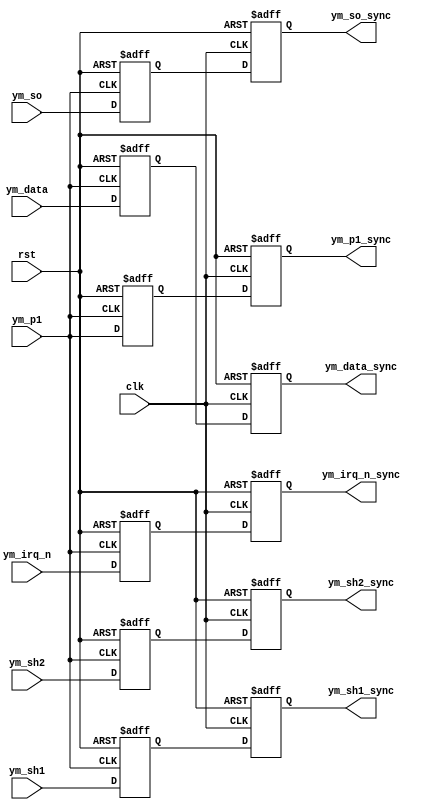
module ym_sync(
  input rst,  
  input clk,
  // YM2151 pins
	input ym_p1,
  input ym_so,
  input ym_sh1,
  input ym_sh2,
	input ym_irq_n,
	input [7:0] ym_data,
	//
	output reg ym_p1_sync,
	output reg ym_so_sync,
	output reg ym_sh1_sync,
	output reg ym_sh2_sync,
	output reg ym_irq_n_sync,
	output reg [7:0] ym_data_sync
);

reg p1_0, so_0, sh1_0, sh2_0, irq_0;
reg [7:0] data0;

always @(posedge ym_p1 or posedge rst ) begin : first_sync
	if( rst ) begin
		p1_0  <= 1'b0;
		so_0  <= 1'b0;
		sh1_0 <= 1'b0;
		sh2_0 <= 1'b0;
		irq_0 <= 1'b1;
		data0 <= 8'h0;
	end
	else begin
		p1_0  <= ym_p1;
		so_0  <= ym_so;
		sh1_0 <= ym_sh1;
		sh2_0 <= ym_sh2;
		irq_0 <= ym_irq_n;
		data0 <= ym_data;
	end
end

always @(posedge clk or posedge rst ) begin : second_sync
	if( rst ) begin
		ym_p1_sync    <= 1'b0;
		ym_so_sync    <= 1'b0;
		ym_sh1_sync   <= 1'b0;
		ym_sh2_sync   <= 1'b0;
		ym_irq_n_sync <= 1'b1;
		ym_data_sync  <= 8'h0;
	end
	else begin
		ym_p1_sync    <= p1_0;
		ym_so_sync    <= so_0;
		ym_sh1_sync   <= sh1_0;
		ym_sh2_sync   <= sh2_0;
		ym_irq_n_sync <= irq_0;
		ym_data_sync  <= data0;
	end
end

endmodule